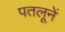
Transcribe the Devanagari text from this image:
पतलूनें